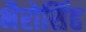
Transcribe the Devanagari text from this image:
भैरोसिंह